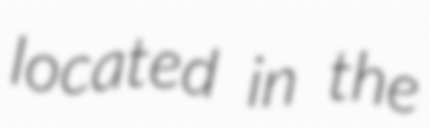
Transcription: located in the